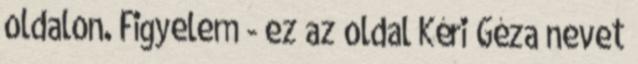
oldalon. Figyelem - ez az oldal Kéri Géza nevet